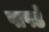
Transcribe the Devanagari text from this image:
पापर्डे